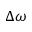
\Delta \omega